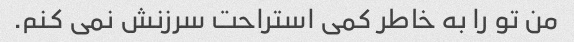
من تو را به خاطر کمی استراحت سرزنش نمی کنم.